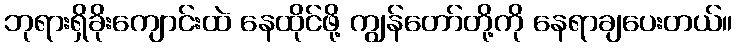
ဘုရားရှိခိုးကျောင်းထဲ နေထိုင်ဖို့ ကျွန်တော်တို့ကို နေရာချပေးတယ်။